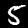
Label: 5